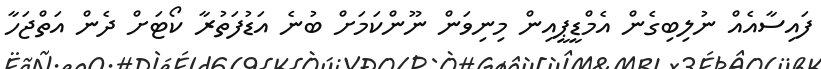
ފައިސާއެއް ނުލިބިގެން އެމްޑީޕީއިން މިނިވަން ނޫންކަމަށް ބުނެ އަޑުފަތުރާ ކޯޓަށް ދެން އަތްޖަހާ